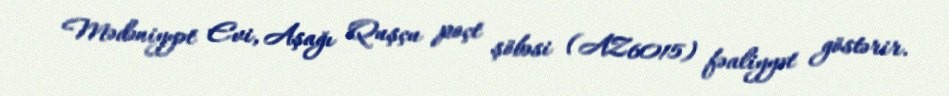
Mədəniyyət Evi, Aşağı Quşçu poçt şöbəsi (AZ6015) fəaliyyət göstərir.